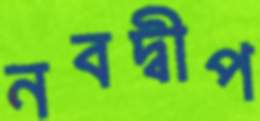
নবদ্বীপ